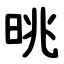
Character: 晀